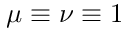
\mu \equiv \nu \equiv 1